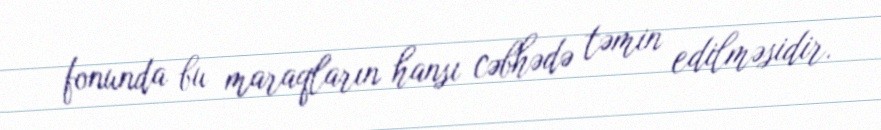
fonunda bu maraqların hansı cəbhədə təmin edilməsidir.